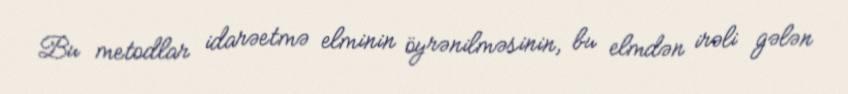
Bu metodlar idarəetmə elminin öyrənilməsinin, bu elmdən irəli gələn